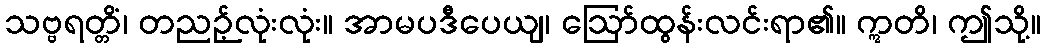
သဗ္ဗရတ္တိံ၊ တညဉ့်လုံးလုံး။ အာမပဒီပေယျ၊ ဩော်ထွန်းလင်းရာ၏။ ဣတိ၊ ဤသို့။